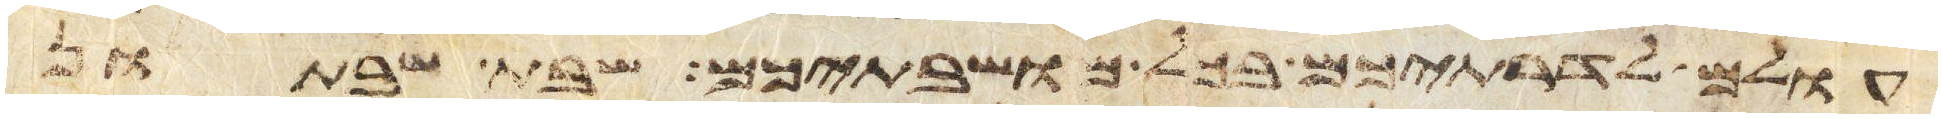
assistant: עולם לדרתיכם בכל מושבתיכם שבת שבתון